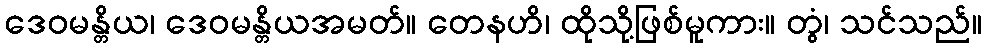
ဒေဝမန္တိယ၊ ဒေဝမန္တိယအမတ်။ တေနဟိ၊ ထိုသို့ဖြစ်မူကား။ တွံ၊ သင်သည်။